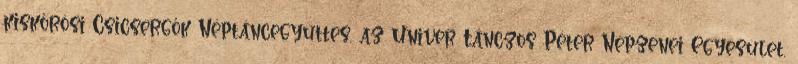
kiskőrösi Csicsergők Néptáncegyüttes, az Univer Tánczos Péter Népzenei Egyesület,